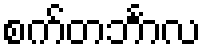
စက်တင်္ဘာလ